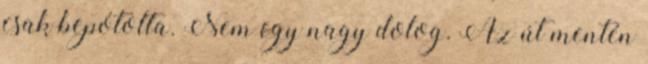
csak bepótolta. Nem egy nagy dolog. Az út mentén